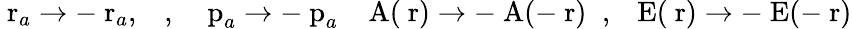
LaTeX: \mathrm{\mathbf~r}_{a}\to-\mathrm{\mathbf~r}_{a},\; \; \; ,\; \; \; \mathrm{\mathbf~p}_{a}\to-\mathrm{\mathbf~p}_{a}\; \; \; \mathrm{\mathbf~A}(\mathrm{\mathbf~r})\to-\mathrm{\mathbf~A}(-\mathrm{\mathbf~r})\; \; ,\; \; \mathrm{\mathbf~E}(\mathrm{\mathbf~r})\to-\mathrm{\mathbf~E}(-\mathrm{\mathbf~r})